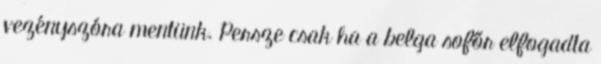
vezényszóra mentünk. Persze csak ha a belga sofőr elfogadta